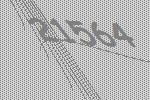
21564